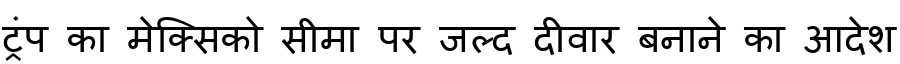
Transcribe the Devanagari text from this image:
ट्रंप का मेक्सिको सीमा पर जल्द दीवार बनाने का आदेश